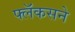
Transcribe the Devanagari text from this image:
फ्लॅकसने